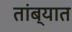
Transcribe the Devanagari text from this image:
तांब्यात